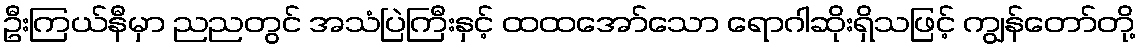
ဦးကြယ်နီမှာ ညညတွင် အသံပြဲကြီးနှင့် ထထအော်သော ရောဂါဆိုးရှိသဖြင့် ကျွန်တော်တို့